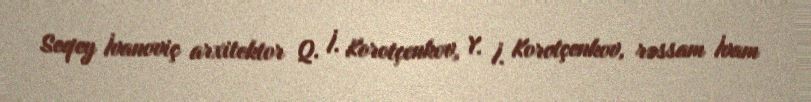
Seqey İvanoviç arxitektor Q. İ. Korotçenkov, Y. İ. Korotçenkov, rəssam İvam